Indian journal of veterinary science and animal husbandry - Volume 3,
Year: 1933
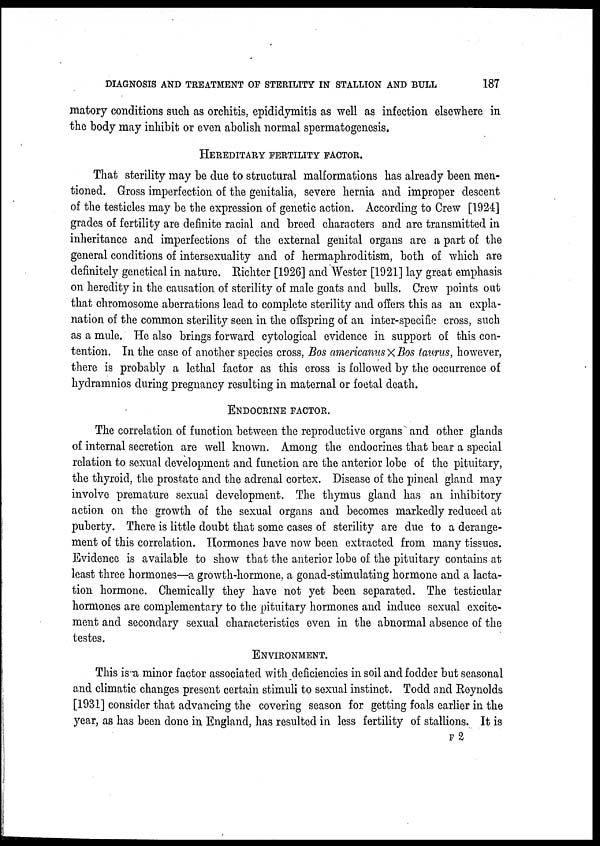
DIAGNOSIS AND TREATMENT OF STERILITY IN STALLION AND BULL
187
matory conditions such as orchitis, epididymitis as well as infection elsewhere in
the body may inhibit or even abolish normal spermatogenesis.
HEREDITARY FERTILITY FACTOR.
That sterility may be due to structural malformations has already been men-
tioned. Gross imperfection of the genitalia, severe hernia and improper descent
of the testicles may be the expression of genetic action. According to Crew [1924]
grades of fertility are definite racial and breed characters and are transmitted in
inheritance and imperfections of the external genital organs are a part of the
general conditions of intersexuality and of hermaphroditism, both of which are
definitely genetical in nature. Richter [1926] and Wester [1921] lay great emphasis
on heredity in the causation of sterility of male goats and bulls. Crew points out
that chromosome aberrations lead to complete sterility and offers this as an expla-
nation of the common sterility seen in the offspring of an inter-specific cross, such
as a mule. He also brings forward cytological evidence in support of this con-
tention. In the case of another species cross, Bos americanus × Bos taurus, however,
there is probably a lethal factor as this cross is followed by the occurrence of
hydramnios during pregnancy resulting in maternal or foetal death.
ENDOCRINE FACTOR.
The correlation of function between the reproductive organs and other glands
of internal secretion are well known. Among the endocrines that bear a special
relation to sexual development and function are the anterior lobe of the pituitary,
the thyroid, the prostate and the adrenal cortex. Disease of the pineal gland may
involve premature sexual development. The thymus gland has an inhibitory
action on the growth of the sexual organs and becomes markedly reduced at
puberty. There is little doubt that some cases of sterility are due to a derange-
ment of this correlation. Hormones have now been extracted from many tissues.
Evidence is available to show that the anterior lobe of the pituitary contains at
least three hormones—a growth-hormone, a gonad-stimulating hormone and a lacta-
tion hormone. Chemically they have not yet been separated. The testicular
hormones are complementary to the pituitary hormones and induce sexual excite-
ment and secondary sexual characteristics even in the abnormal absence of the
testes.
ENVIRONMENT.
This is a minor factor associated with deficiencies in soil and fodder but seasonal
and climatic changes present certain stimuli to sexual instinct. Todd and Reynolds
[1931] consider that advancing the covering season for getting foals earlier in the
year, as has been done in England, has resulted in less fertility of stallions. It is
F 2